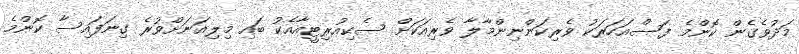
މަދުވެގެން ކޮންމެ ފަސްއަހަރަކު ވެރިކަންނިންމާލާ ވެރިއަކަށް ސެކިއުރިޓީއާއެކު ބައި މިލިއަނަށްވުރެ ގިނަފައިސާ ކޮންމެ